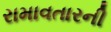
રામાવતારની